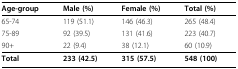
<table><thead><tr><td><b>Age-group</b></td><td><b>Male (%)</b></td><td><b>Female (%)</b></td><td><b>Total (%)</b></td></tr></thead><tbody><tr><td>65-74</td><td>119 (51.1)</td><td>146 (46.3)</td><td>265 (48.4)</td></tr><tr><td>75-89</td><td>92 (39.5)</td><td>131 (41.6)</td><td>223 (40.7)</td></tr><tr><td>90+</td><td>22 (9.4)</td><td>38 (12.1)</td><td>60 (10.9)</td></tr><tr><td><b>Total</b></td><td><b>233 (42.5)</b></td><td><b>315 (57.5)</b></td><td><b>548 (100)</b></td></tr></tbody></table>